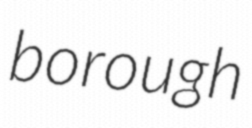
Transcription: borough